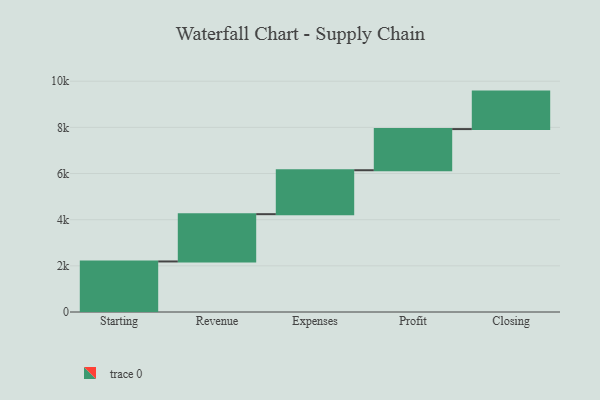
{"axis": {"x": "Step", "y": "Value"}, "legend": [""], "data": [{"x": "Starting", "y": 2190.0, "type": ""}, {"x": "Revenue", "y": 2049.0, "type": ""}, {"x": "Expenses", "y": 1904.0, "type": ""}, {"x": "Profit", "y": 1783.0, "type": ""}, {"x": "Closing", "y": 1624.0, "type": ""}]}